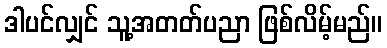
ဒါပင်လျှင် သူ့အတတ်ပညာ ဖြစ်လိမ့်မည်။